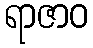
ရာဇာဝ